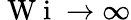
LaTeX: \mathrm{~W~i~}\rightarrow\infty